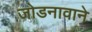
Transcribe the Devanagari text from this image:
जोडनावाने